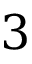
3